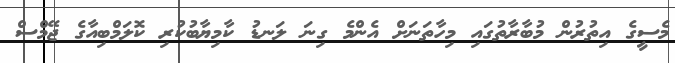
މެސީގެ އިތުރުން މުބާރާތުގައި މިހާތަނަށް އެންމެ ގިނަ ލަނޑު ކާމިޔާބުކުރި ކޮލަމްބިއާގެ ޖޭމްސް